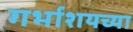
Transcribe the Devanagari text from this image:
गर्भाशयच्या